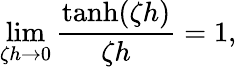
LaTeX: \operatorname*{lim}_{\zeta h\rightarrow 0}\frac{\operatorname{tanh}(\zeta h)}{\zeta h}=1,